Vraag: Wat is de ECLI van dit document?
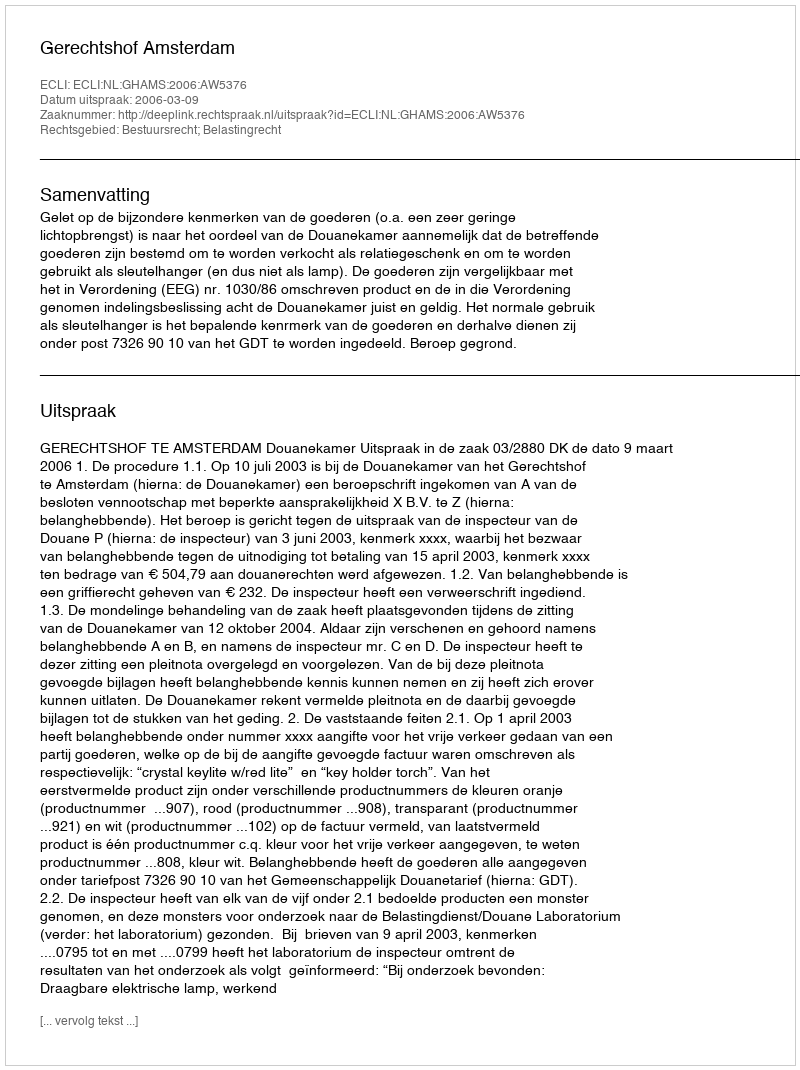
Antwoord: ECLI:NL:GHAMS:2006:AW5376